Vital statistics of India. Vol. IV, Annual returns from 1871 to 1876. British Army of India, Native Army and jails of Bengal
Year: 1871
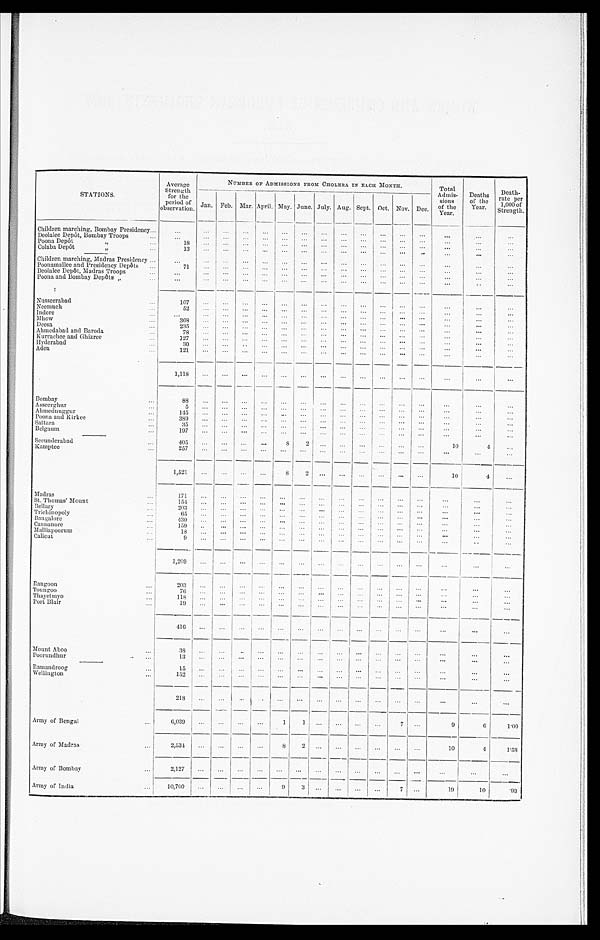
STATIONS.
Average
Strength
for the
period of
observation.
NUMBER OF ADMISSIONS FROM CHOLERA IN EACH MONTH. Total
Admis-
sions
of the
Year.
Deaths
of the
Year.
Death-
rate per
1, 000 of St rengt h.
Jan. Feb. Mar. April. May. June. July. Aug. Sept. Oct. Nov. Dec.
Children marching, Bombay Presidency
. . .
. . .
. . .
. . .
. . .
. . .
. . .
. . .
. . . . . .
. . .
. . .
. . .
. . .
. . .
. . .
Deolalee Depôt, Bombay Troops
. . .
. . .
. . .
. . .
. . . . . .
. . .
. . .
. . . . . .
. . .
. . .
. . . . . .
. . .
. . .
Poona Depôt "
1 8
. . . . . .
. . .
. . .
. . .
. . .
. . .
. . .
. . .
. . .
. . .
. . .
. . .
. . .
. . .
Colaba Depôt "
1 3 . . .
. . .
. . .
. . .
. . .
. . .
. . .
. . .
. . .
. . .
. . .
. . . . . .
. . .
. . .
Children marching Madras Presidency
. . .
. . . . . .
. . .
. . .
. . .
. . .
. . .
. . .
. . . . . .
. . . . . .
. . .
. . .
. . .
Poonamallee and Presidency Depôts
7 1 . . .
. . . . . .
. . .
. . .
. . .
. . . . . .
. . .
. . .
. . .
. . .
. . .
. . .
. . .
Deolalee Depôt, Madras Troops
. . .
. . .
. . .
. . .
. . . . . .
. . .
. . .
. . .
. . . . . .
. . .
. . .
. . .
. . .
. . .
Poona and Bombay Depôt s "
. . .
. . . . . .
. . . . . .
. . . . . .
. . .
. . .
. . .
. . .
. . . . . .
. . .
. . .
. . .
N u s s e e r a b a d
1 0 7
. . . . . .
. . .
. . .
. . .
. . .
. . . . . .
. . .
. . .
. . .
. . .
. . .
. . .
. . .
Neemuch
5 2
. . . . . .
. . .
. . .
. . .
. . .
. . . . . .
. . .
. . .
. . . . . .
. . .
. . .
. . .
Indore
. . .
. . .
. . .
. . .
. . .
. . .
. . .
. . . . . .
. . .
. . .
. . .
. . .
. . .
. . .
. . .
Mhow
3 6 8
. . .
. . .
. . .
. . .
. . .
. . .
. . .
. . . . . .
. . .
. . .
. . .
. . .
. . .
. . .
Deesa
2 3 5
. . . . . .
. . .
. . . . . .
. . .
. . .
. . .
. . .
. . .
. . .
. . .
. . .
. . .
. . .
Ah me d a b a d a n d Ba r o d a
7 8
. . . . . .
. . .
. . . . . .
. . .
. . .
. . . . . .
. . .
. . . . . .
. . .
. . .
. . .
Kurrachee and Ghizree
1 2 7
. . .
. . .
. . . . . .
. . . . . .
. . .
. . .
. . . . . .
. . . . . .
. . .
. . .
. . .
Hyderabad
3 0 . . .
. . .
. . .
. . .
. . .
. . .
. . .
. . .
. . .
. . .
. . .
. . .
. . .
. . .
. . .
A d e n
1 2 1 . . .
. . .
. . .
. . .
. . .
. . .
. . .
. . .
. . .
. . .
. . . . . .
. . .
. . .
. . .
1 , 1 1 8
. . .
. . .
. . .
. . .
. . .
. . .
. . .
. . .
. . .
. . .
. . .
. . .
. . .
. . .
. . .
Bombay
8 8
. . .
. . .
. . . . . .
. . .
. . .
. . .
. . .
. . .
. . .
. . .
. . .
. . .
. . .
. . .
A s s e e r g h u r
5 . . .
. . .
. . .
. . .
. . .
. . . . . .
. . .
. . .
. . .
. . .
. . .
. . .
. . .
. . .
Ahmednuggur
1 4 5 . . .
. . .
. . .
. . . . . .
. . .
. . .
. . . . . .
. . .
. . . . . .
. . .
. . .
. . .
Poona and kirkee
3 8 9
. . .
. . . . . .
. . .
. . .
. . .
. . .
. . . . . .
. . .
. . .
. . . . . .
. . .
. . .
Sattara
3 5 . . .
. . .
. . .
. . . . . .
. . . . . .
. . .
. . .
. . . . . .
. . . . . .
. . .
. . .
Belgaum
1 9 7 . . .
. . .
. . .
. . . . . .
. . . . . .
. . .
. . .
. . . . . .
. . .
. . .
. . .
. . .
Secunderabad
4 0 5
. . .
. . . . . .
. . .
8 2
. . .
. . .
. . . . . .
. . .
. . .
1 0
4
. . .
K a m p t e e
2 5 7
. . . . . .
. . .
. . .
. . .
. . .
. . . . . .
. . .
. . .
. . .
. . .
. . .
. . .
. . .
1 , 5 2 1
. . .
. . .
. . .
. . .
8 2
. . .
. . .
. . .
. . .
. . .
. . .
1 0
4
. . .
Madras
1 7 1
. . .
. . .
. . .
. . .
. . .
. . . . . .
. . .
. . .
. . .
. . . . . .
. . .
. . .
. . .
St. Thomas' Mount
1 5 4 . . .
. . .
. . .
. . .
. . .
. . .
. . .
. . . . . .
. . .
. . .
. . .
. . .
. . .
. . .
Bellary
2 0 3
. . . . . .
. . .
. . .
. . .
. . .
. . .
. . .
. . .
. . .
. . .
. . .
. . .
. . .
. . .
Trichinopoly
6 5 . . .
. . .
. . . . . .
. . .
. . .
. . .
. . . . . .
. . .
. . .
. . .
. . .
. . .
. . .
Bangalore
4 3 0 . . .
. . .
. . .
. . .
. . . . . .
. . .
. . . . . .
. . .
. . .
. . .
. . .
. . .
. . .
Cannanore
1 5 9
. . .
. . .
. . .
. . .
. . .
. . .
. . .
. . .
. . .
. . .
. . . . . .
. . .
. . .
. . .
M a l l i a p o o r u m
1 8 . . .
. . . . . .
. . .
. . . . . .
. . .
. . .
. . .
. . .
. . .
. . .
. . .
. . .
. . .
C a l i c u t
9
. . .
. . .
. . .
. . .
. . .
. . .
. . .
. . .
. . .
. . .
. . .
. . . . . .
. . .
. . .
1 , 2 0 9
. . .
. . .
. . .
. . .
. . .
. . .
. . .
. . .
. . .
. . .
. . .
. . . . . .
. . .
. . .
Rangoon
2 0 3
. . .
. . .
. . .
. . . . . .
. . .
. . .
. . .
. . .
. . .
. . .
. . .
. . .
. . .
. . .
Toungoo
7 6
. . . . . .
. . .
. . .
. . .
. . .
. . . . . .
. . .
. . .
. . . . . .
. . .
. . .
. . .
T h a y e t m y o
1 1 8
. . . . . .
. . . . . .
. . .
. . .
. . . . . .
. . .
. . .
. . .
. . .
. . .
. . .
. . .
Port Blair
1 9
. . .
. . .
. . .
. . .
. . .
. . . . . .
. . . . . .
. . .
. . .
. . .
. . .
. . .
. . .
4 1 6
. . .
. . .
. . .
. . . . . .
. . .
. . . . . .
. . .
. . .
. . .
. . .
. . .
. . .
. . .
M o u n t A b o o
3 8
. . .
. . .
. . .
. . .
. . .
. . .
. . .
. . .
. . .
. . .
. . .
. . .
. . .
. . .
. . .
P o o r u n d h u r
1 3 . . .
. . .
. . . . . .
. . .
. . .
. . .
. . .
. . .
. . .
. . .
. . .
. . .
. . .
. . .
R a m a n d r o o g
1 5
. . .
. . .
. . .
. . . . . .
. . .
. . .
. . .
. . .
. . .
. . . . . .
. . .
. . .
. . .
Wellington
1 5 2
. . . . . .
. . .
. . .
. . .
. . .
. . .
. . .
. . .
. . .
. . .
. . .
. . .
. . .
. . .
2 1 8
. . .
. . . . . .
. . .
. . .
. . . . . .
. . .
. . .
. . .
. . .
. . .
. . .
. . .
. . .
Army of Bengal
6 , 0 3 9
. . .
. . . . . .
. . .
1 1
. . .
. . .
. . .
. . .
7
. . .
9
6
1 · 0 0
Army of Madras
2 , 5 3 4
. . .
. . .
. . .
. . .
8 2
. . .
. . .
. . .
. . .
. . . . . .
1 0
4
1 · 5 8
Army of Bombay
2 , 1 2 7
. . .
. . .
. . .
. . .
. . .
. . .
. . .
. . .
. . .
. . .
. . .
. . .
. . .
. . .
. . .
A r m y o f I n d i a
1 0 , 7 0 0
. . .
. . .
. . .
. . .
9
3
. . .
. . .
. . .
. . .
7
. . .
1 9
1 0
· 9 3